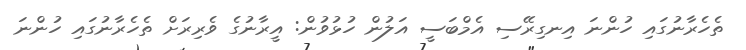
ތެހެރާނުގައި ހުންނަ އިނގިރޭސި އެމްބަސީ އަލުން ހުޅުވުން: އީރާނުގެ ވެރިރަށް ތެހެރާނުގައި ހުންނަ